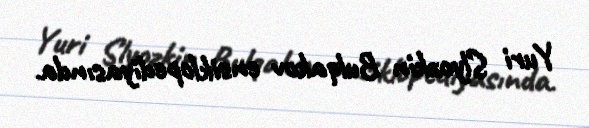
Yuri Slyozkin Bulqakov ensiklopediyasında.